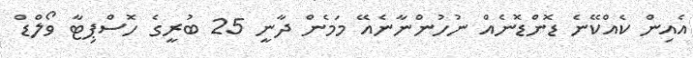
އެއިން ކެއްކޭނެ ޑޮންޑޮނެއް ނުހުންނާނެއޭ މަމެން ދާނީ 25 ބުރީގެ ހޮސްޕިޓާ ވޯލްޑް